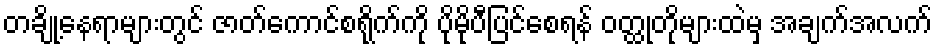
တချို့နေရာများတွင် ဇာတ်ကောင်စရိုက်ကို ပိုမိုပီပြင်စေရန် ဝတ္ထုတိုများထဲမှ အချက်အလက်